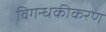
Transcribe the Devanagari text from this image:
विगन्धकीकरण